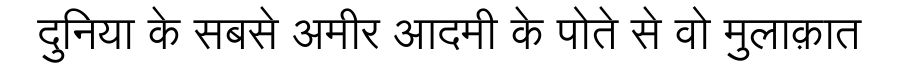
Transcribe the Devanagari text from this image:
दुनिया के सबसे अमीर आदमी के पोते से वो मुलाक़ात